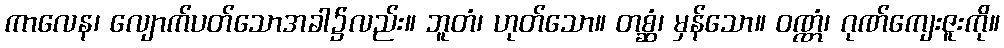
ကာလေန၊ လျောက်ပတ်သောအခါ၌လည်း။ ဘူတံ၊ ဟုတ်သော။ တစ္ဆံ၊ မှန်သော။ ဝဏ္ဏံ၊ ဂုဏ်ကျေးဇူးကို။